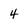
Character: 4